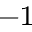
^ { - 1 }